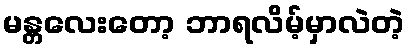
မန္တလေးတော့ ဘာရလိမ့်မှာလဲတဲ့